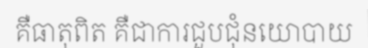
គឺធាតុពិត គឺជាការជួបជុំនយោបាយ